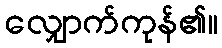
လျှောက်ကုန်၏။